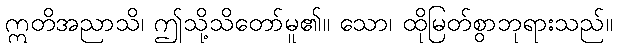
ဣတိအညာသိ၊ ဤသို့သိတော်မူ၏။ သော၊ ထိုမြတ်စွာဘုရားသည်။